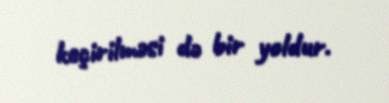
keçirilməsi də bir yoldur.